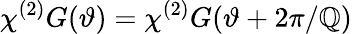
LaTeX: \chi^{(2)}G(\vartheta)=\chi^{(2)}G(\vartheta+2\pi/\mathbb{Q})